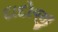
દાદોજી